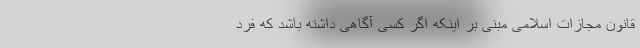
قانون مجازات اسلامی مبنی بر اینکه اگر کسی آگاهی داشته باشد که فرد